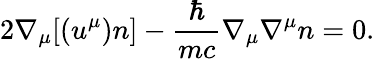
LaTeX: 2\nabla_{\mu}[(u^{\mu})n]-\frac{\hbar}{mc}\nabla_{\mu}\nabla^{\mu}n=0.